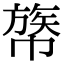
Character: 𢄧